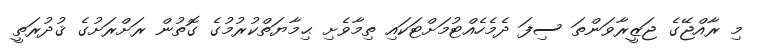
މި ރާއްޖޭގެ ޖަޒީރާވަންތަ ސިފަ ދެމެހެއްޓުމަށްޓަކައި ތިމާވެށި ޙިމާޔަތްކުރުމުގެ ގޮތުން ރަށްރަށުގެ ޤުދުރަތީ